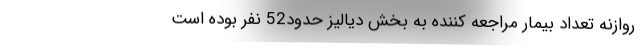
روازنه تعداد بيمار مراجعه كننده به بخش دياليز حدود52 نفر بوده است